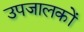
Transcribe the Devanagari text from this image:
उपजालकों